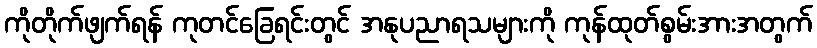
ကိုတိုက်ဖျက်ရန် ကုတင်ခြေရင်းတွင် အနုပညာရသများကို ကုန်ထုတ်စွမ်းအားအတွက်